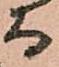
而